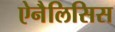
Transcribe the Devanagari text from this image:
ऐनैलिसिस